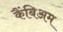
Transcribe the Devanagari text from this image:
कैंबिअम